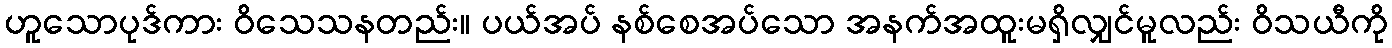
ဟူသောပုဒ်ကား ဝိသေသနတည်း။ ပယ်အပ် နစ်စေအပ်သော အနက်အထူးမရှိလျှင်မူလည်း ဝိသယီကို